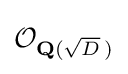
{\mathcal {O}}_{\mathbf {Q} ({\sqrt {D}}\,)}